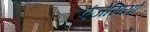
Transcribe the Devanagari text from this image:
एंजेसियों